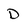
Character: D